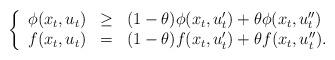
LaTeX: \begin{align*}\left\{\begin{array}{rcl}\phi(x_t, u_t) & \geq & (1- \theta) \phi(x_t, u'_t) + \theta \phi (x_t, u''_t)\\f(x_t, u_t) & = & (1- \theta) f(x_t, u'_t) + \theta f (x_t, u''_t).\end{array}\right.\end{align*}